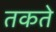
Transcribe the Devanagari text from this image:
तकते